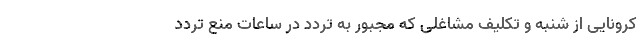
کرونایی از شنبه و تکلیف مشاغلی که مجبور به تردد در ساعات منع تردد